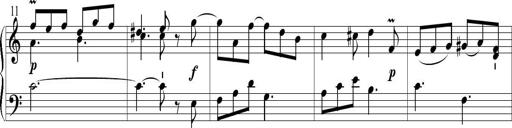
Title: 6 Leichte Sonatinen, Teil 1
Composer: F. Sigismund Sander